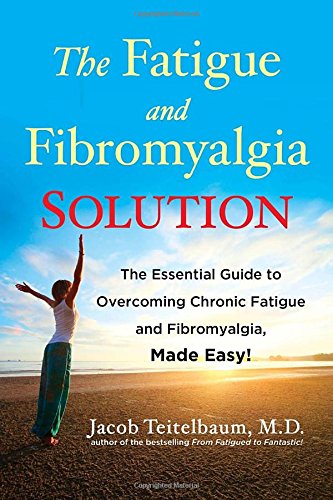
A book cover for The Fatigue and Fibromyalgia Solution: The Essential Guide to Overcoming Chronic Fatigue and Fibromyalgia, Made Easy!; Jacob Teitelbaum M.D.; Health, Fitness & Dieting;